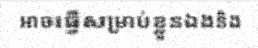
អាចធ្វើសម្រាប់ខ្លួនឯងនិង